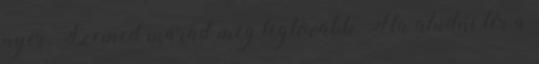
nyer. Szemed marad meg legtovább. Ha aludni tér a